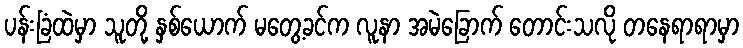
ပန်းခြံထဲမှာ သူတို့ နှစ်ယောက် မတွေ့ခင်က လူနာ အမဲခြောက် တောင်းသလို တနေရာရာမှာ